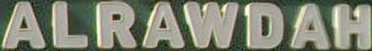
ALRAWDAH